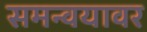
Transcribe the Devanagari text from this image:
समन्वयावर